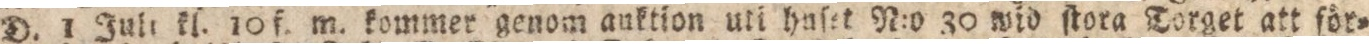
D. 1 Juli kl. 10 f. m. kommer genom auktion uti huſet N:o 30 wid ſtora Torget att för=